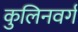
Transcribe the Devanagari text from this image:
कुलिनवर्ग